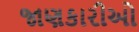
જાણકારીઓ